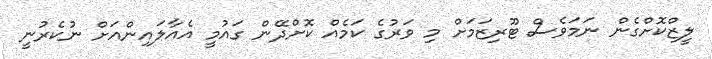
ލީޒްކޮށްގެން ނަމަވެސް ޓޫރިޒަމަށް މި ވަރުގެ ކަމެއް ކޮށްދޭން ގައުމީ އެއާލައިންއަށް ނުކެރުނީ